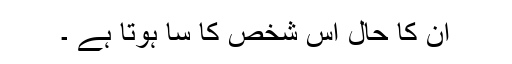
ان کا حال اس شخص کا سا ہوتا ہے ۔